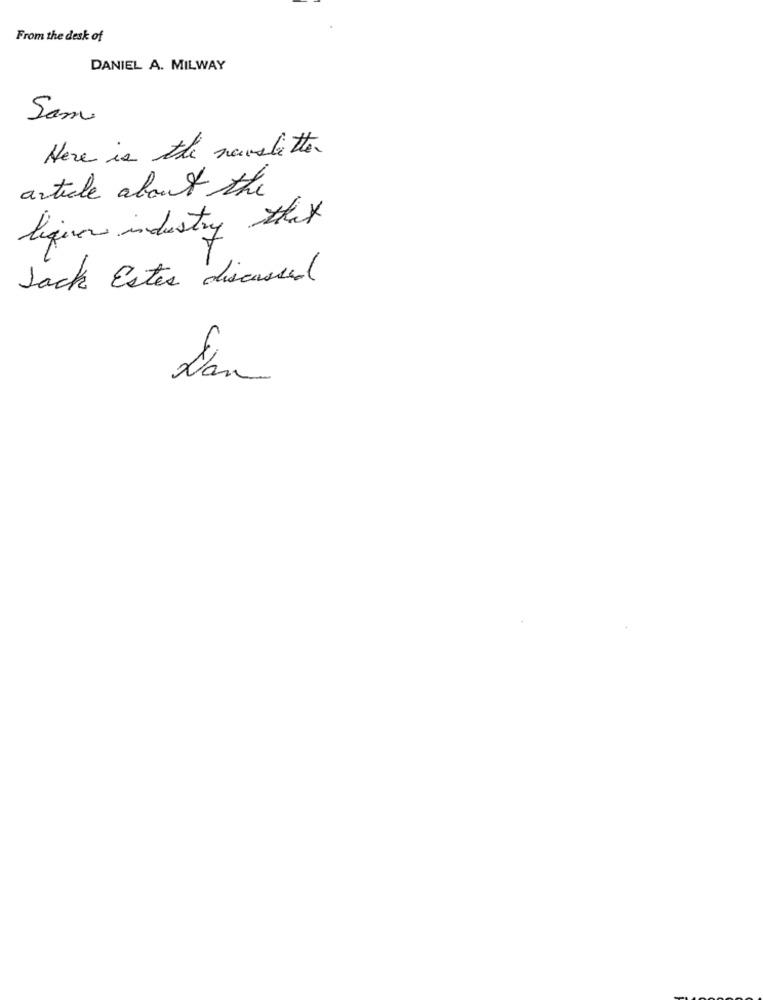
From the desk of
DANIEL A. MILWAY
Sam
Here is the newsletter
article about the
ligin industry they
Jack Estes discussed
L'an